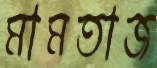
মামতাজ